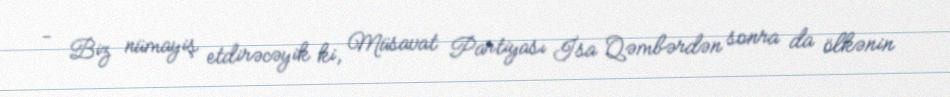
- Biz nümayiş etdirəcəyik ki, Müsavat Partiyası İsa Qəmbərdən sonra da ölkənin